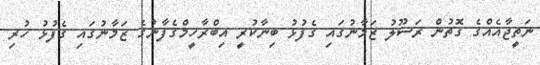
ނަތީޖާއެއްގެ ގޮތުން ރަސޫލު ޒަމާނުގައި ގެފުޅު ބިނާކުރީ އިބްރާހީމްގެފާނުގެ ޒަމާނުގައި ގެފުޅު ހުރި